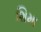
શિમા